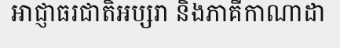
អាជ្ញាធរជាតិអប្សរា និងភាគីកាណាដា